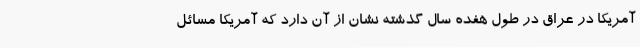
آمریکا در عراق در طول هفده سال گذشته نشان از آن دارد که آمریکا مسائل